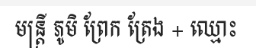
មន្ត្រី ភូមិ ព្រែក ត្រែង + ឈ្មោះ